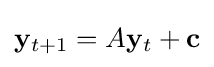
\mathbf {y} _{t+1}=A\mathbf {y} _{t}+\mathbf {c}